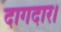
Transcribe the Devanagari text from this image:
दागदार।